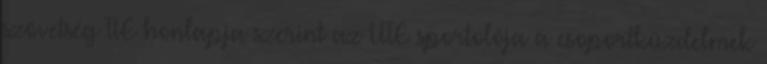
szövetség FIE honlapja szerint az UTE sportolója a csoportküzdelmek